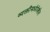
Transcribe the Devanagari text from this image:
व्यक्तींमध्येदेखील